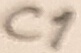
Text: C1